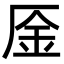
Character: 㕋